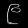
Digit: ၉